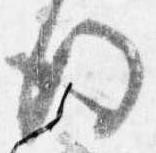
後